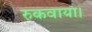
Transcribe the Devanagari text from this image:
रुकवाया।